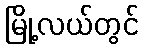
မြို့လယ်တွင်